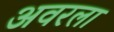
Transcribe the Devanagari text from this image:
अवरला